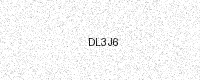
Text: DL3J6